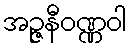
အဉ္ဇနီဝဏ္ဏဝါ